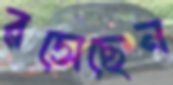
রসেছেন